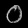
Digit: ၀